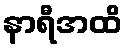
နာရီအထိ